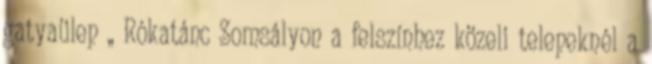
gatyaülep „ Rókatánc Somsályon a felszínhez közeli telepeknél a